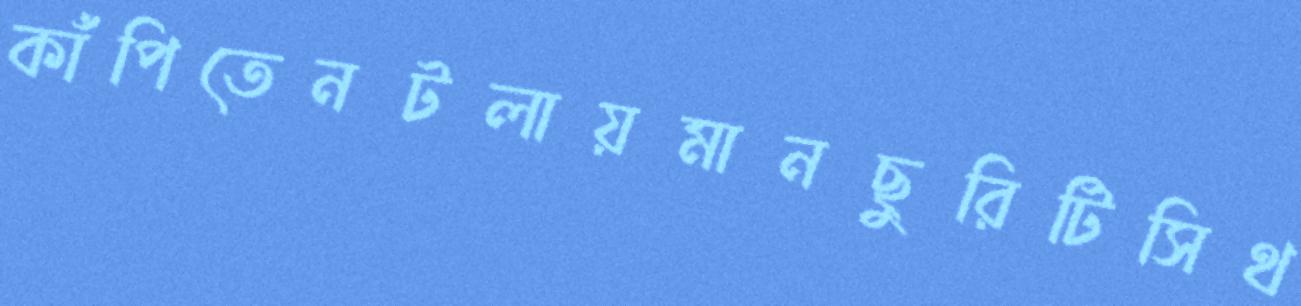
কাঁপিতেনটলায়মানছুরিটিসিথ